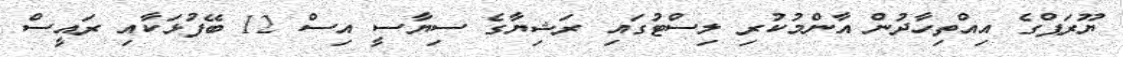
ޔޫރަޕްގެ އިއްތިހާދުން އާންމުކުރި ލިސްޓުގައި ރަޝިޔާގެ ސިޔާސީ އިސް 12 ބޭފުޅަކާއި ރައީސް